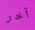
آخر